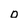
Character: O